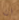
ان